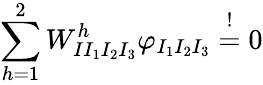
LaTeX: \sum_{h=1}^{2}W_{II_{1}I_{2}I_{3}}^{h}\varphi_{I_{1}I_{2}I_{3}}\stackrel{!}{=}0